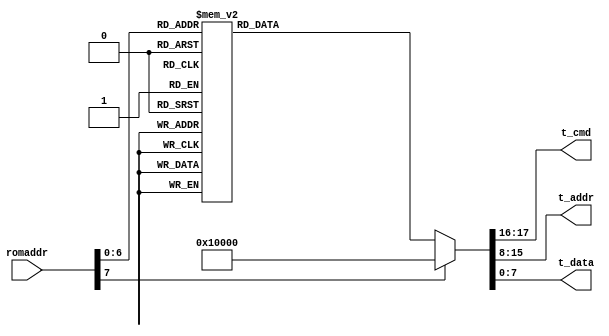
`timescale 1ns/1ps

module case_rom(romaddr, t_cmd, t_addr, t_data);
input  [7:0] romaddr;
output [1:0] t_cmd;
output [7:0] t_addr;
output [7:0] t_data;

assign {t_cmd, t_addr, t_data} = rom_table(romaddr);

function [17:0] rom_table;
	input [7:0] addr;
	case (addr)
	8'h00   : rom_table = 18'h1_01_40;
	8'h01   : rom_table = 18'h1_02_60;
	8'h02   : rom_table = 18'h1_03_0a;
	8'h03   : rom_table = 18'h1_0c_00;
	8'h04   : rom_table = 18'h1_0e_61;
	8'h05   : rom_table = 18'h1_0f_4b;
	8'h06   : rom_table = 18'h1_15_00;
	8'h07   : rom_table = 18'h1_16_02;
	8'h08   : rom_table = 18'h1_17_13;
	8'h09   : rom_table = 18'h1_18_01;
	8'h0a   : rom_table = 18'h1_19_02;
	8'h0b   : rom_table = 18'h1_1a_7a;
	8'h0c   : rom_table = 18'h1_1e_07;
	8'h0d   : rom_table = 18'h1_21_02;
	8'h0e   : rom_table = 18'h1_22_91;
	8'h0f   : rom_table = 18'h1_29_07;
	8'h10   : rom_table = 18'h1_32_b6;
	8'h11   : rom_table = 18'h1_33_0b;
	8'h12   : rom_table = 18'h1_34_11;
	8'h13   : rom_table = 18'h1_35_0b;
	8'h14   : rom_table = 18'h1_37_1d;
	8'h15   : rom_table = 18'h1_38_71;
	8'h16   : rom_table = 18'h1_39_2a;
	8'h17   : rom_table = 18'h1_3b_12;
	8'h18   : rom_table = 18'h1_3c_78;
	8'h19   : rom_table = 18'h1_3d_c3;
	8'h1a   : rom_table = 18'h1_3e_00;
	8'h1b   : rom_table = 18'h1_3f_00;
	8'h1c   : rom_table = 18'h1_41_08; // ?
	8'h1d   : rom_table = 18'h1_41_38;
	8'h1e   : rom_table = 18'h1_43_0a;
	8'h1f   : rom_table = 18'h1_44_f0;
	8'h20   : rom_table = 18'h1_45_34;
	8'h21   : rom_table = 18'h1_46_58;
	8'h22   : rom_table = 18'h1_47_28;
	8'h23   : rom_table = 18'h1_48_3a;
	8'h24   : rom_table = 18'h1_4b_09;
	8'h25   : rom_table = 18'h1_4c_00;
	8'h26   : rom_table = 18'h1_4d_40;
	8'h27   : rom_table = 18'h1_4e_20;
	8'h28   : rom_table = 18'h1_4f_80;
	8'h29   : rom_table = 18'h1_50_80;
	8'h2a   : rom_table = 18'h1_51_00;
	8'h2b   : rom_table = 18'h1_52_22;
	8'h2c   : rom_table = 18'h1_53_5e;
	8'h2d   : rom_table = 18'h1_54_80;
	8'h2e   : rom_table = 18'h1_56_40;
	8'h2f   : rom_table = 18'h1_58_9e;
	8'h30   : rom_table = 18'h1_59_88;
	8'h31   : rom_table = 18'h1_5a_88;
	8'h32   : rom_table = 18'h1_5b_44;
	8'h33   : rom_table = 18'h1_5c_67;
	8'h34   : rom_table = 18'h1_5d_49;
	8'h35   : rom_table = 18'h1_5e_0e;
	8'h36   : rom_table = 18'h1_69_00;
	8'h37   : rom_table = 18'h1_6a_40;
	8'h38   : rom_table = 18'h1_6b_0a;
	8'h39   : rom_table = 18'h1_6c_0a;
	8'h3a   : rom_table = 18'h1_6d_55;
	8'h3b   : rom_table = 18'h1_6e_11;
	8'h3c   : rom_table = 18'h1_6f_9f;
	8'h3d   : rom_table = 18'h1_70_3a;
	8'h3e   : rom_table = 18'h1_71_35;
	8'h3f   : rom_table = 18'h1_72_11;
	8'h40   : rom_table = 18'h1_73_f0;
	8'h41   : rom_table = 18'h1_74_10;
	8'h42   : rom_table = 18'h1_75_05;
	8'h43   : rom_table = 18'h1_76_e1;
	8'h44   : rom_table = 18'h1_77_01;
	8'h45   : rom_table = 18'h1_78_04;
	8'h46   : rom_table = 18'h1_79_01;
	8'h47   : rom_table = 18'h1_8d_4f;
	8'h48   : rom_table = 18'h1_8e_00;
	8'h49   : rom_table = 18'h1_8f_00;
	8'h4a   : rom_table = 18'h1_90_00;
	8'h4b   : rom_table = 18'h1_91_00;
	8'h4c   : rom_table = 18'h1_96_00;
	8'h4d   : rom_table = 18'h1_96_00;
	8'h4e   : rom_table = 18'h1_97_30;
	8'h4f   : rom_table = 18'h1_98_20;
	8'h50   : rom_table = 18'h1_99_30;
	8'h51   : rom_table = 18'h1_9a_00;
	8'h52   : rom_table = 18'h1_9a_84;
	8'h53   : rom_table = 18'h1_9b_29;
	8'h54   : rom_table = 18'h1_9c_03;
	8'h55   : rom_table = 18'h1_9d_4c;
	8'h56   : rom_table = 18'h1_9e_3f;
	8'h57   : rom_table = 18'h1_a2_02;
	8'h58   : rom_table = 18'h1_a4_88;
	8'h59   : rom_table = 18'h1_b0_84;
	8'h5a   : rom_table = 18'h1_b1_0c;
	8'h5b   : rom_table = 18'h1_b2_0e;
	8'h5c   : rom_table = 18'h1_b3_82;
	8'h5d   : rom_table = 18'h1_b8_0a;
	8'h5e   : rom_table = 18'h1_c8_f0;
	8'h5f   : rom_table = 18'h1_c9_60;
	default : rom_table = 18'h1_00_00;
	endcase
endfunction

endmodule